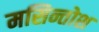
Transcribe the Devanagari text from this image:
मसिन्तोश